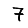
Digit: 7